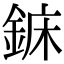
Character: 𨧖